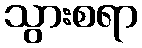
သွားစရာ